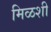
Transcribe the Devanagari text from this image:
मिळशी